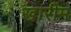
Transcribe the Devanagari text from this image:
खारीम